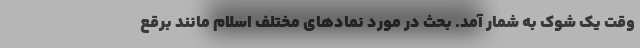
وقت یک شوک به شمار آمد. بحث در مورد نمادهای مختلف اسلام مانند برقع